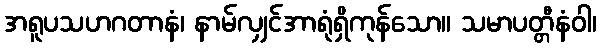
အရူပသဟဂတာနံ၊ နာမ်လျှင်အာရုံရှိကုန်သော။ သမာပတ္တီနံဝါ၊